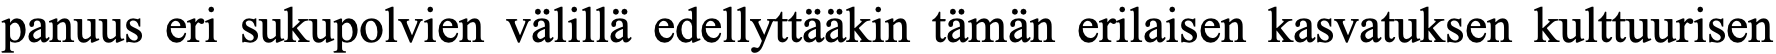
panuus eri sukupolvien välillä edellyttääkin tämän erilaisen kasvatuksen kulttuurisen